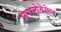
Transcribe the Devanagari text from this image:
जनरलोबेरोस्ट